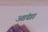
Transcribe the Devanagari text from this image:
आंद्या